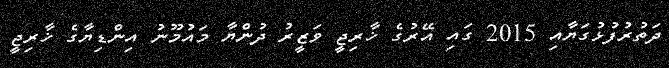
ދަތުރުފުޅުގަޔާއި 2015 ގައި އޭރުގެ ޚާރިޖީ ވަޒީރު ދުންޔާ މައުމޫނު އިންޑިޔާގެ ޚާރިޖީ